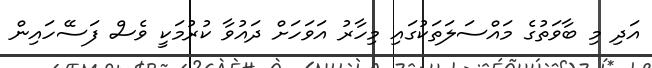
އަދި މި ބާވަތުގެ މައްސަލަތަކުގައި މިހާރު އަވަހަށް ދައުވާ ކުރުމަކީ ވެސް ފަސޭހައިން